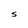
Character: S